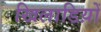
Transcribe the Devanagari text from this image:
खिलाडिय़ों